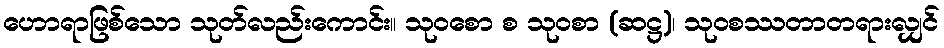
ဟောရာဖြစ်သော သုတ်လည်းကောင်း။ သုဝစော စ သုဝစာ (ဆဋ္ဌ)၊ သုဝစဿတာတရားလျှင်